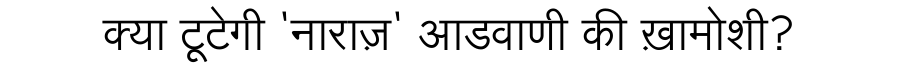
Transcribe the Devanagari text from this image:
क्या टूटेगी 'नाराज़' आडवाणी की ख़ामोशी?